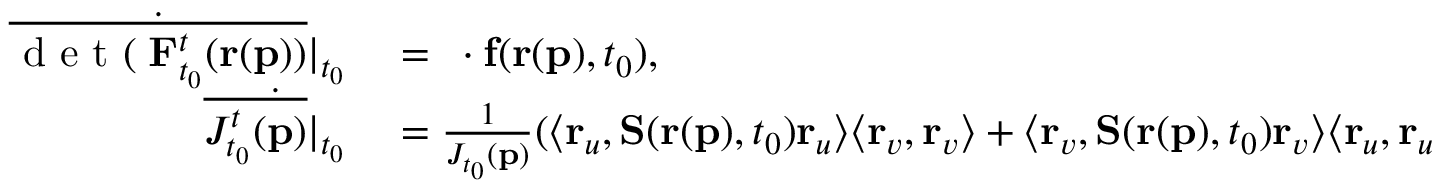
\begin{array} { r l } { \dot { \overline { { \mathrm { ~ d ~ e ~ t ~ } ( \mathbf { \nabla } \mathbf { F } _ { t _ { 0 } } ^ { t } ( \mathbf { r } ( \mathbf { p } ) ) } } } \vert _ { t _ { 0 } } } & { { } = \mathbf { \nabla } \cdot \mathbf { f } ( \mathbf { r } ( \mathbf { p } ) , t _ { 0 } ) , } \\ { \dot { \overline { { J _ { t _ { 0 } } ^ { t } ( \mathbf { p } ) } } \vert _ { t _ { 0 } } } } & { { } = \frac { 1 } { J _ { t _ { 0 } } ( \mathbf { p } ) } ( \langle \mathbf { r } _ { u } , \mathbf { S } ( \mathbf { r } ( \mathbf { p } ) , t _ { 0 } ) \mathbf { r } _ { u } \rangle \langle \mathbf { r } _ { v } , \mathbf { r } _ { v } \rangle + \langle \mathbf { r } _ { v } , \mathbf { S } ( \mathbf { r } ( \mathbf { p } ) , t _ { 0 } ) \mathbf { r } _ { v } \rangle \langle \mathbf { r } _ { u } , \mathbf { r } _ { u } \rangle , } \end{array}